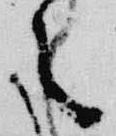
之